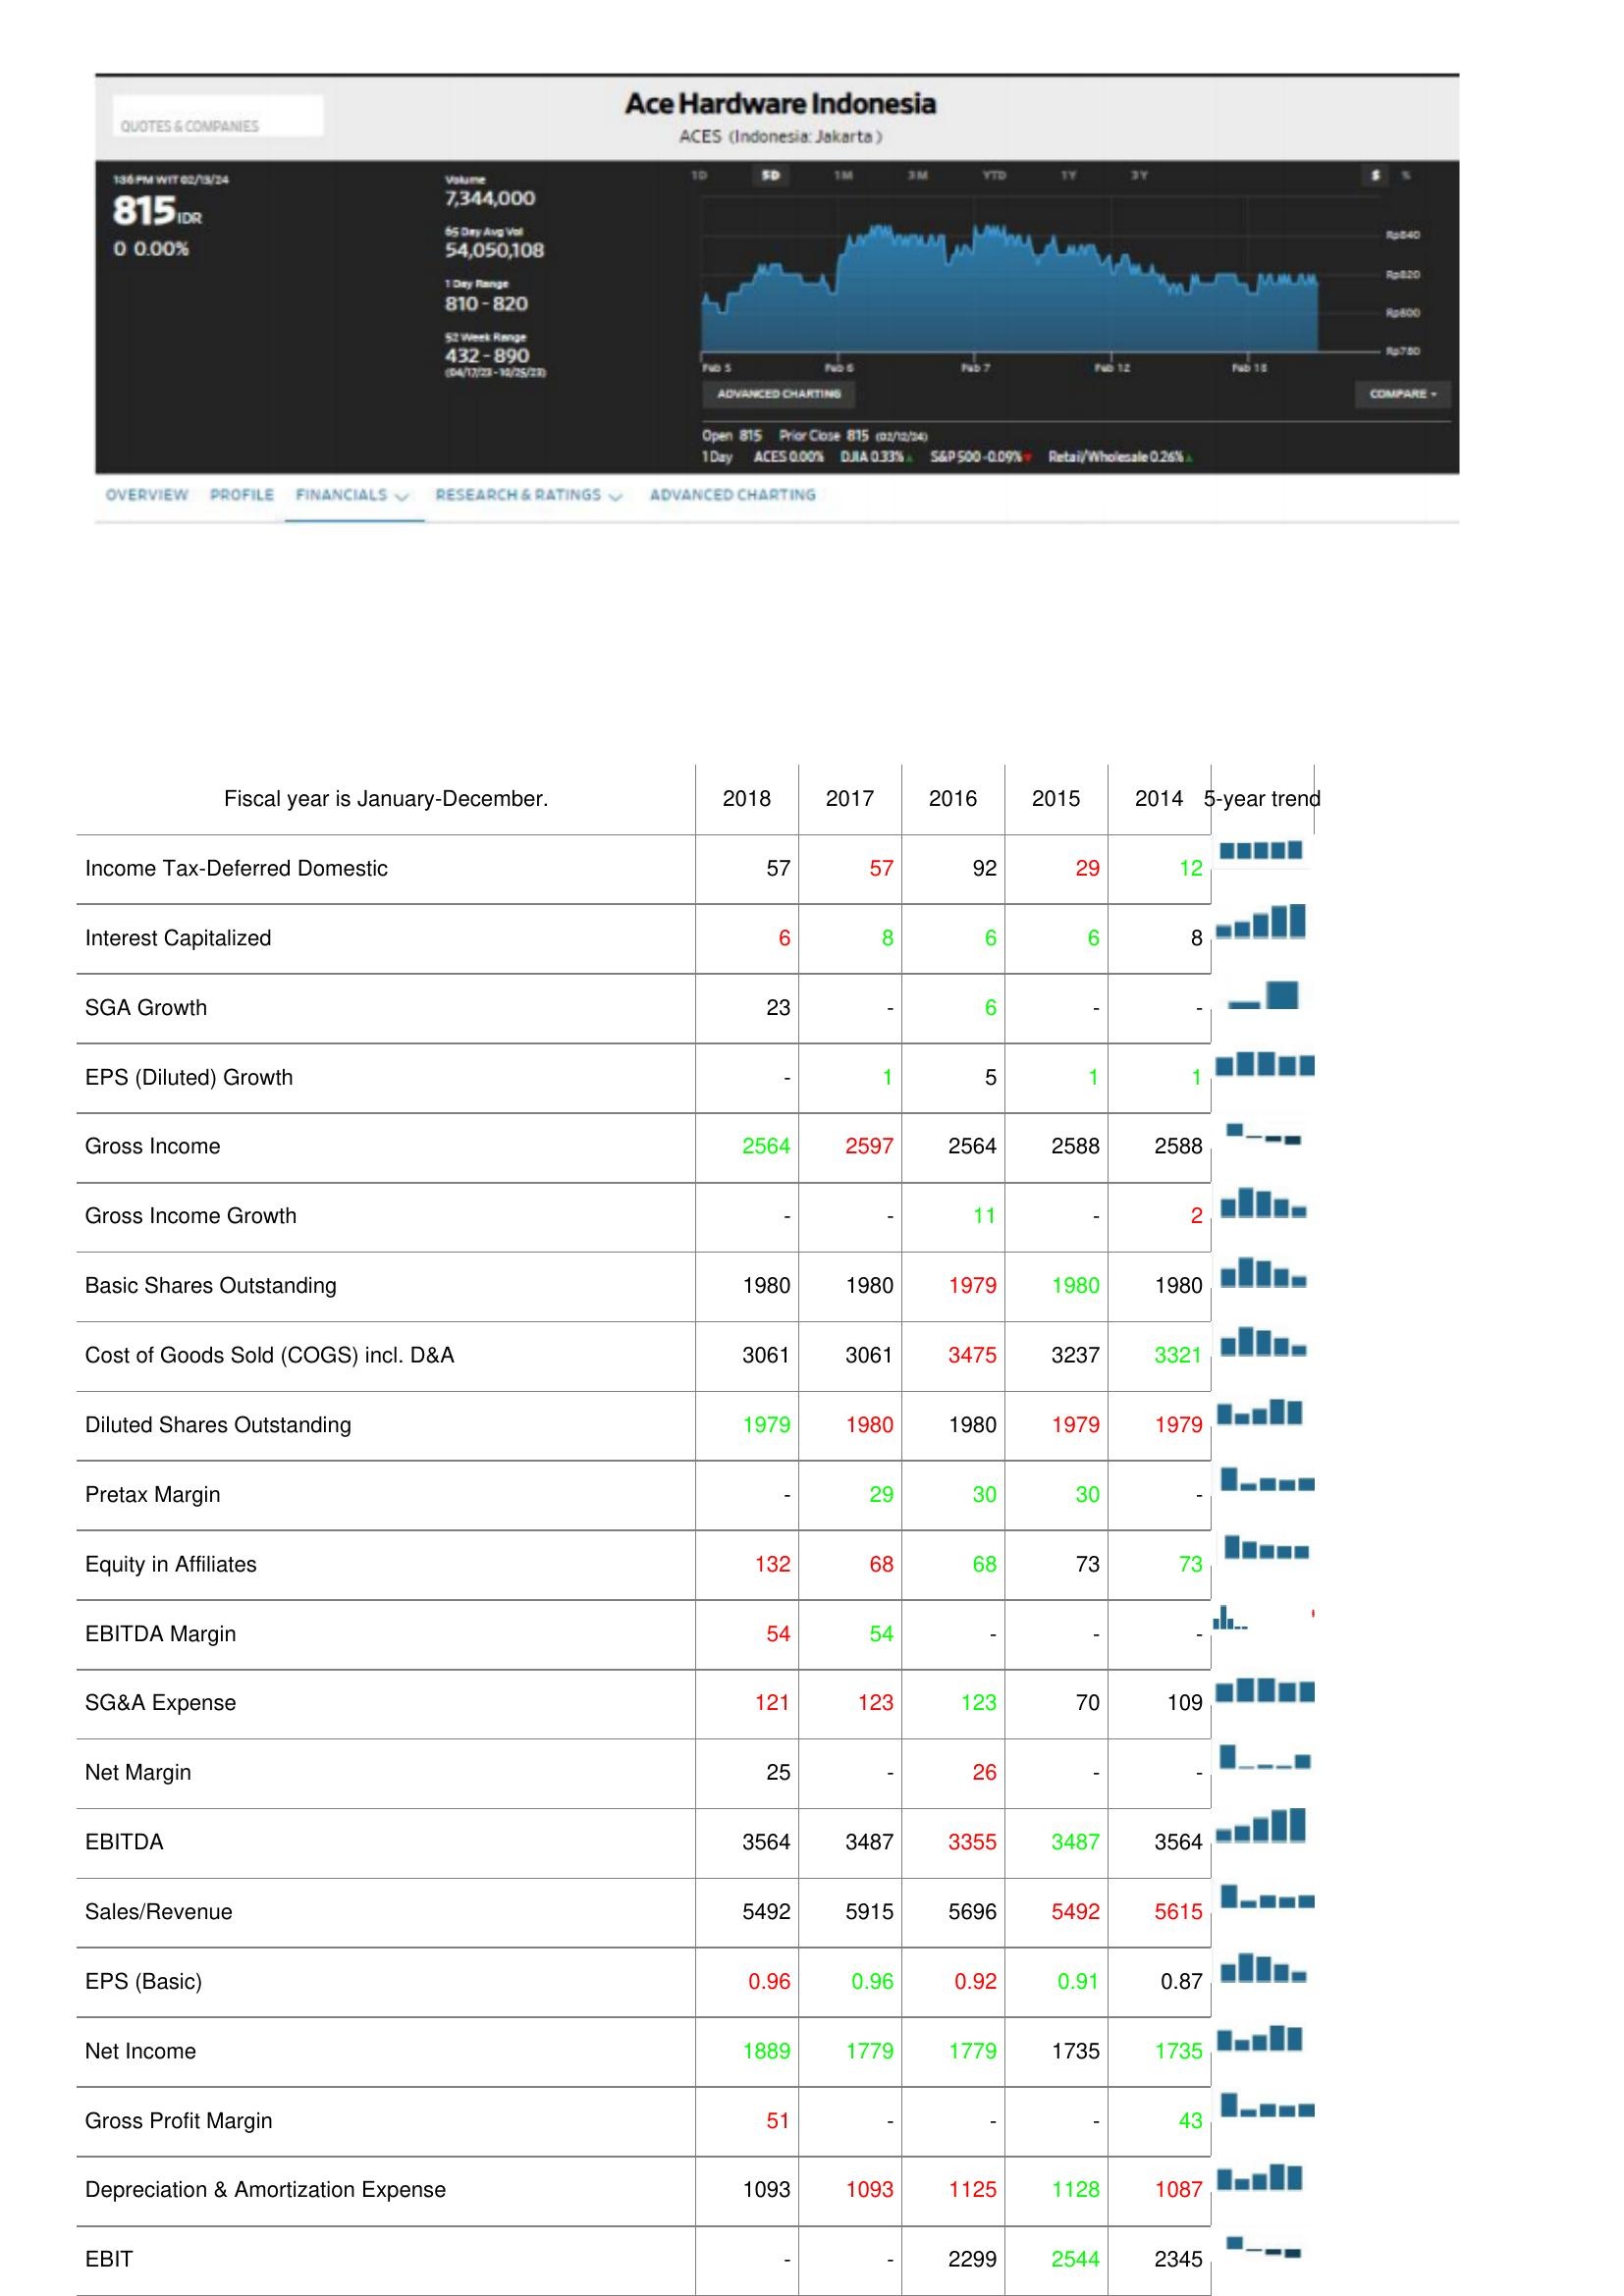
2018: : Income Tax-Deferred Domestic: 57
Interest Capitalized: 6
SGA Growth: 23
EPS (Diluted) Growth: -
Gross Income: 2564
Gross Income Growth: -
Basic Shares Outstanding: 1980
Cost of Goods Sold (COGS) incl. D&A: 3061
Diluted Shares Outstanding: 1979
Pretax Margin: -
Equity in Affiliates: 132
EBITDA Margin: 54
SG&A Expense: 121
Net Margin: 25
EBITDA: 3564
Sales/Revenue: 5492
EPS (Basic): 0.96
Net Income: 1889
Gross Profit Margin: 51
Depreciation & Amortization Expense: 1093
EBIT: -
2017: : Income Tax-Deferred Domestic: 57
Interest Capitalized: 8
SGA Growth: -
EPS (Diluted) Growth: 1
Gross Income: 2597
Gross Income Growth: -
Basic Shares Outstanding: 1980
Cost of Goods Sold (COGS) incl. D&A: 3061
Diluted Shares Outstanding: 1980
Pretax Margin: 29
Equity in Affiliates: 68
EBITDA Margin: 54
SG&A Expense: 123
Net Margin: -
EBITDA: 3487
Sales/Revenue: 5915
EPS (Basic): 0.96
Net Income: 1779
Gross Profit Margin: -
Depreciation & Amortization Expense: 1093
EBIT: -
2016: : Income Tax-Deferred Domestic: 92
Interest Capitalized: 6
SGA Growth: 6
EPS (Diluted) Growth: 5
Gross Income: 2564
Gross Income Growth: 11
Basic Shares Outstanding: 1979
Cost of Goods Sold (COGS) incl. D&A: 3475
Diluted Shares Outstanding: 1980
Pretax Margin: 30
Equity in Affiliates: 68
EBITDA Margin: -
SG&A Expense: 123
Net Margin: 26
EBITDA: 3355
Sales/Revenue: 5696
EPS (Basic): 0.92
Net Income: 1779
Gross Profit Margin: -
Depreciation & Amortization Expense: 1125
EBIT: 2299
2015: : Income Tax-Deferred Domestic: 29
Interest Capitalized: 6
SGA Growth: -
EPS (Diluted) Growth: 1
Gross Income: 2588
Gross Income Growth: -
Basic Shares Outstanding: 1980
Cost of Goods Sold (COGS) incl. D&A: 3237
Diluted Shares Outstanding: 1979
Pretax Margin: 30
Equity in Affiliates: 73
EBITDA Margin: -
SG&A Expense: 70
Net Margin: -
EBITDA: 3487
Sales/Revenue: 5492
EPS (Basic): 0.91
Net Income: 1735
Gross Profit Margin: -
Depreciation & Amortization Expense: 1128
EBIT: 2544
2014: : Income Tax-Deferred Domestic: 12
Interest Capitalized: 8
SGA Growth: -
EPS (Diluted) Growth: 1
Gross Income: 2588
Gross Income Growth: 2
Basic Shares Outstanding: 1980
Cost of Goods Sold (COGS) incl. D&A: 3321
Diluted Shares Outstanding: 1979
Pretax Margin: -
Equity in Affiliates: 73
EBITDA Margin: -
SG&A Expense: 109
Net Margin: -
EBITDA: 3564
Sales/Revenue: 5615
EPS (Basic): 0.87
Net Income: 1735
Gross Profit Margin: 43
Depreciation & Amortization Expense: 1087
EBIT: 2345